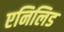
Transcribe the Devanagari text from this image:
एनिलिड